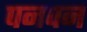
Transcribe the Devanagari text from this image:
पनपन